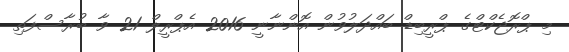
މި ޕްރޮޖެކްޓްގެ ޕްރީބިޑް ބައްދަލުވުން އޮންނާނީ 2016 އެޕްރީލް 21 ވާ ބުރާސްފަތި